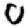
Digit: 0